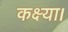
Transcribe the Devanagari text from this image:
कक्ष्या।